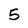
Character: 5